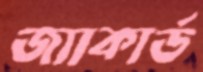
জ্যাকার্ড